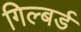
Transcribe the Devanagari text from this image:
गिल्बर्ड